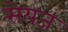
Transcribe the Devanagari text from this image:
सेयज